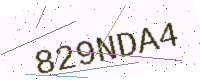
Text: 829NDA4